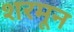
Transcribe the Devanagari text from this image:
शरमून